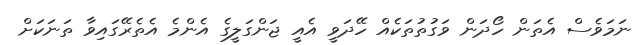
ނަމަވެސް އެތަން ހޯދަން ވަގުތުތަކެއް ހޭދަވީ އެއީ ޖަންގަލީގެ އެންމެ އެތެރޭގައިވާ ތަނަކަށް